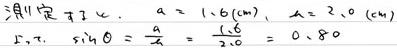
测定 724. $a = 1.6(\mathrm{cm}), \lambda = 2.0(\mathrm{cm})$
5.7. $\sin\theta=\frac{a}{\lambda}=\frac{1.6}{2.0}=0.80$